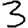
Digit: 3